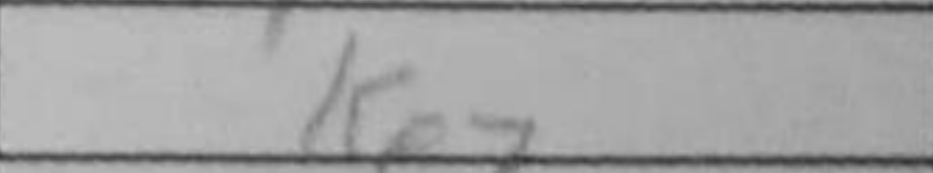
Transcription: Ke7